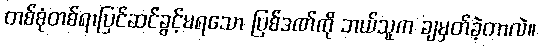
တစ်စုံတစ်ရာပြင်ဆင်ခွင့်မရသော ပြစ်ဒဏ်ကို ဘယ်သူက ချမှတ်ခဲ့တာလဲ။